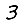
Digit: 3